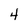
Character: 4